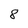
Character: 8